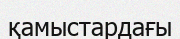
қамыстардағы